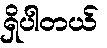
ရှိပါတယ်